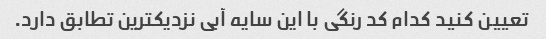
تعیین کنید کدام کد رنگی با این سایه آبی نزدیکترین تطابق دارد.